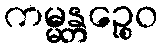
ကမ္မန္တဉ္စေဝ